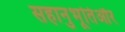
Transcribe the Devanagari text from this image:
सहानुभूतिऔर